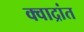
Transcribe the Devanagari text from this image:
क्वाद्रांत